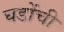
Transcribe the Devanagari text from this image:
घडोंची